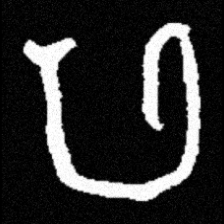
Pyu character \u2014 Myanmar letter: ဖ (romanized: pha)